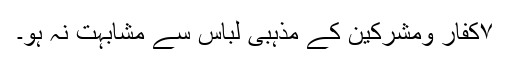
۷کفار ومشرکین کے مذہبی لباس سے مشابہت نہ ہو۔